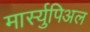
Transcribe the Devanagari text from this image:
मार्स्युपिअल